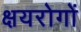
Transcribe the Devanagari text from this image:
क्षयरोगों